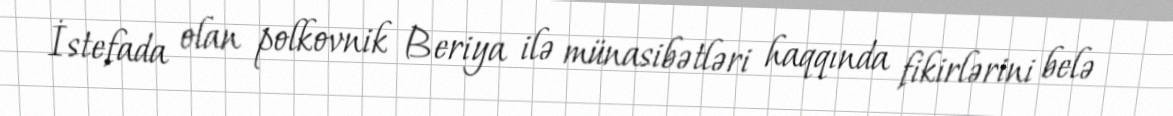
İstefada olan polkovnik Beriya ilə münasibətləri haqqında fikirlərini belə